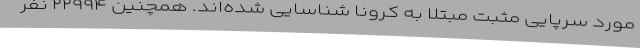
مورد سرپایی مثبت مبتلا به کرونا شناسایی شده‌اند. همچنین ۲۲۹۹۴ نفر